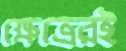
ক্ষেত্রেরই